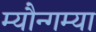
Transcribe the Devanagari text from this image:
म्यौन्गम्या